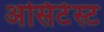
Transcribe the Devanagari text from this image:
असिटेस्ट